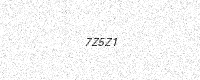
Text: 7Z5Z1